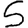
Digit: 5